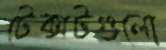
টেক্সটগুলো